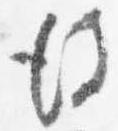
彼